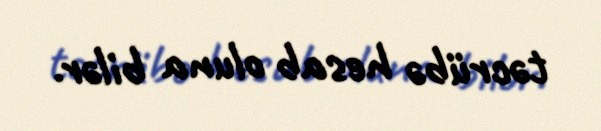
təcrübə hesab oluna bilər.